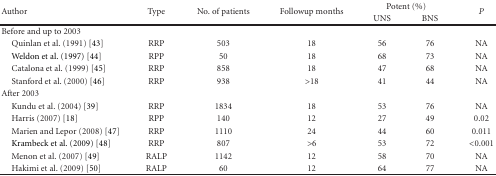
| <ROWSPAN=2> Author | <ROWSPAN=2> Type | <ROWSPAN=2> No. of patients | <ROWSPAN=2> Followup months | <COLSPAN=2> Potent (%) | <ROWSPAN=2> P |
 | UNS | BNS |
 | --- | --- | --- | --- | --- | --- | --- |
 | Before and up to 2003 |  |  |  |  |  |  |
 | Quinlan et al. (1991) [43] | RRP | 503 | 18 | 56 | 76 | NA |
 | Weldon et al. (1997) [44] | RPP | 50 | 18 | 68 | 73 | NA |
 | Catalona et al. (1999) [45] | RRP | 858 | 18 | 47 | 68 | NA |
 | Stanford et al. (2000) [46] | RRP | 938 | >18 | 41 | 44 | NA |
 | After 2003 |  |  |  |  |  |  |
 | Kundu et al. (2004) [39] | RRP | 1834 | 18 | 53 | 76 | NA |
 | Harris (2007) [18] | RPP | 140 | 12 | 27 | 49 | 0.02 |
 | Marien and Lepor (2008) [47] | RRP | 1110 | 24 | 44 | 60 | 0.011 |
 | Krambeck et al. (2009) [48] | RRP | 807 | >6 | 53 | 72 | <0.001 |
 | Menon et al. (2007) [49] | RALP | 1142 | 12 | 58 | 70 | NA |
 | Hakimi et al. (2009) [50] | RALP | 60 | 12 | 64 | 77 | NA |